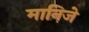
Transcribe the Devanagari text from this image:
मानिजे